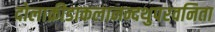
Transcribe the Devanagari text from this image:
दोलाक्रीडाकलानन्दथुपरवनिता